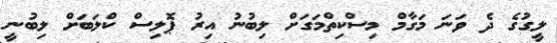
ލީގުގެ ދެ ވަނަ މަގާމް މިސްކިތްމަގަށް ލިބުނު އިރު ޕޮލިސް ކްލަބަށް ލިބުނީ